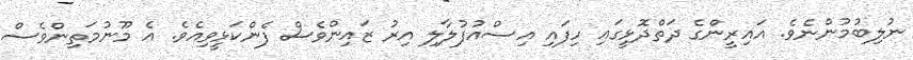
ނުލިބުމުންނެވެ. އައިރީންގެ ދަތްދޮޅީގައި ހިފައި އިސްއުފުލާލި އިރު ޒައިންވެސް ފެންކަޅީވިއެވެ. އެ މޫނުމަތިންވެސް